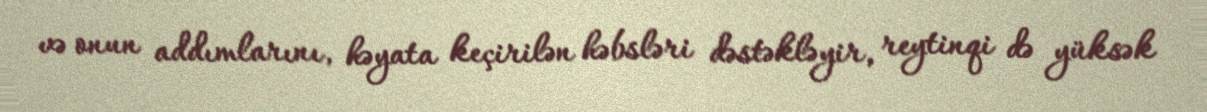
və onun addımlarını, həyata keçirilən həbsləri dəstəkləyir, reytinqi də yüksək